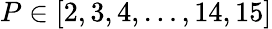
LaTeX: P\in[2,3,4,\dots,14,15]